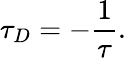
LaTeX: \tau_{D}=-{\frac{1}{\tau}}.